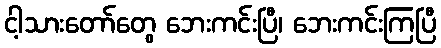
ငါ့သားတော်တွေ ဘေးကင်းပြီ၊ ဘေးကင်းကြပြီ